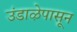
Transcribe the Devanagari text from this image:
उंडाऴेपासून